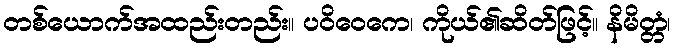
တစ်ယောက်အထည်းတည်း။ ပဝိဝေကေ၊ ကိုယ်၏ဆိတ်ဖြင့်။ နိမိတ္တံ၊